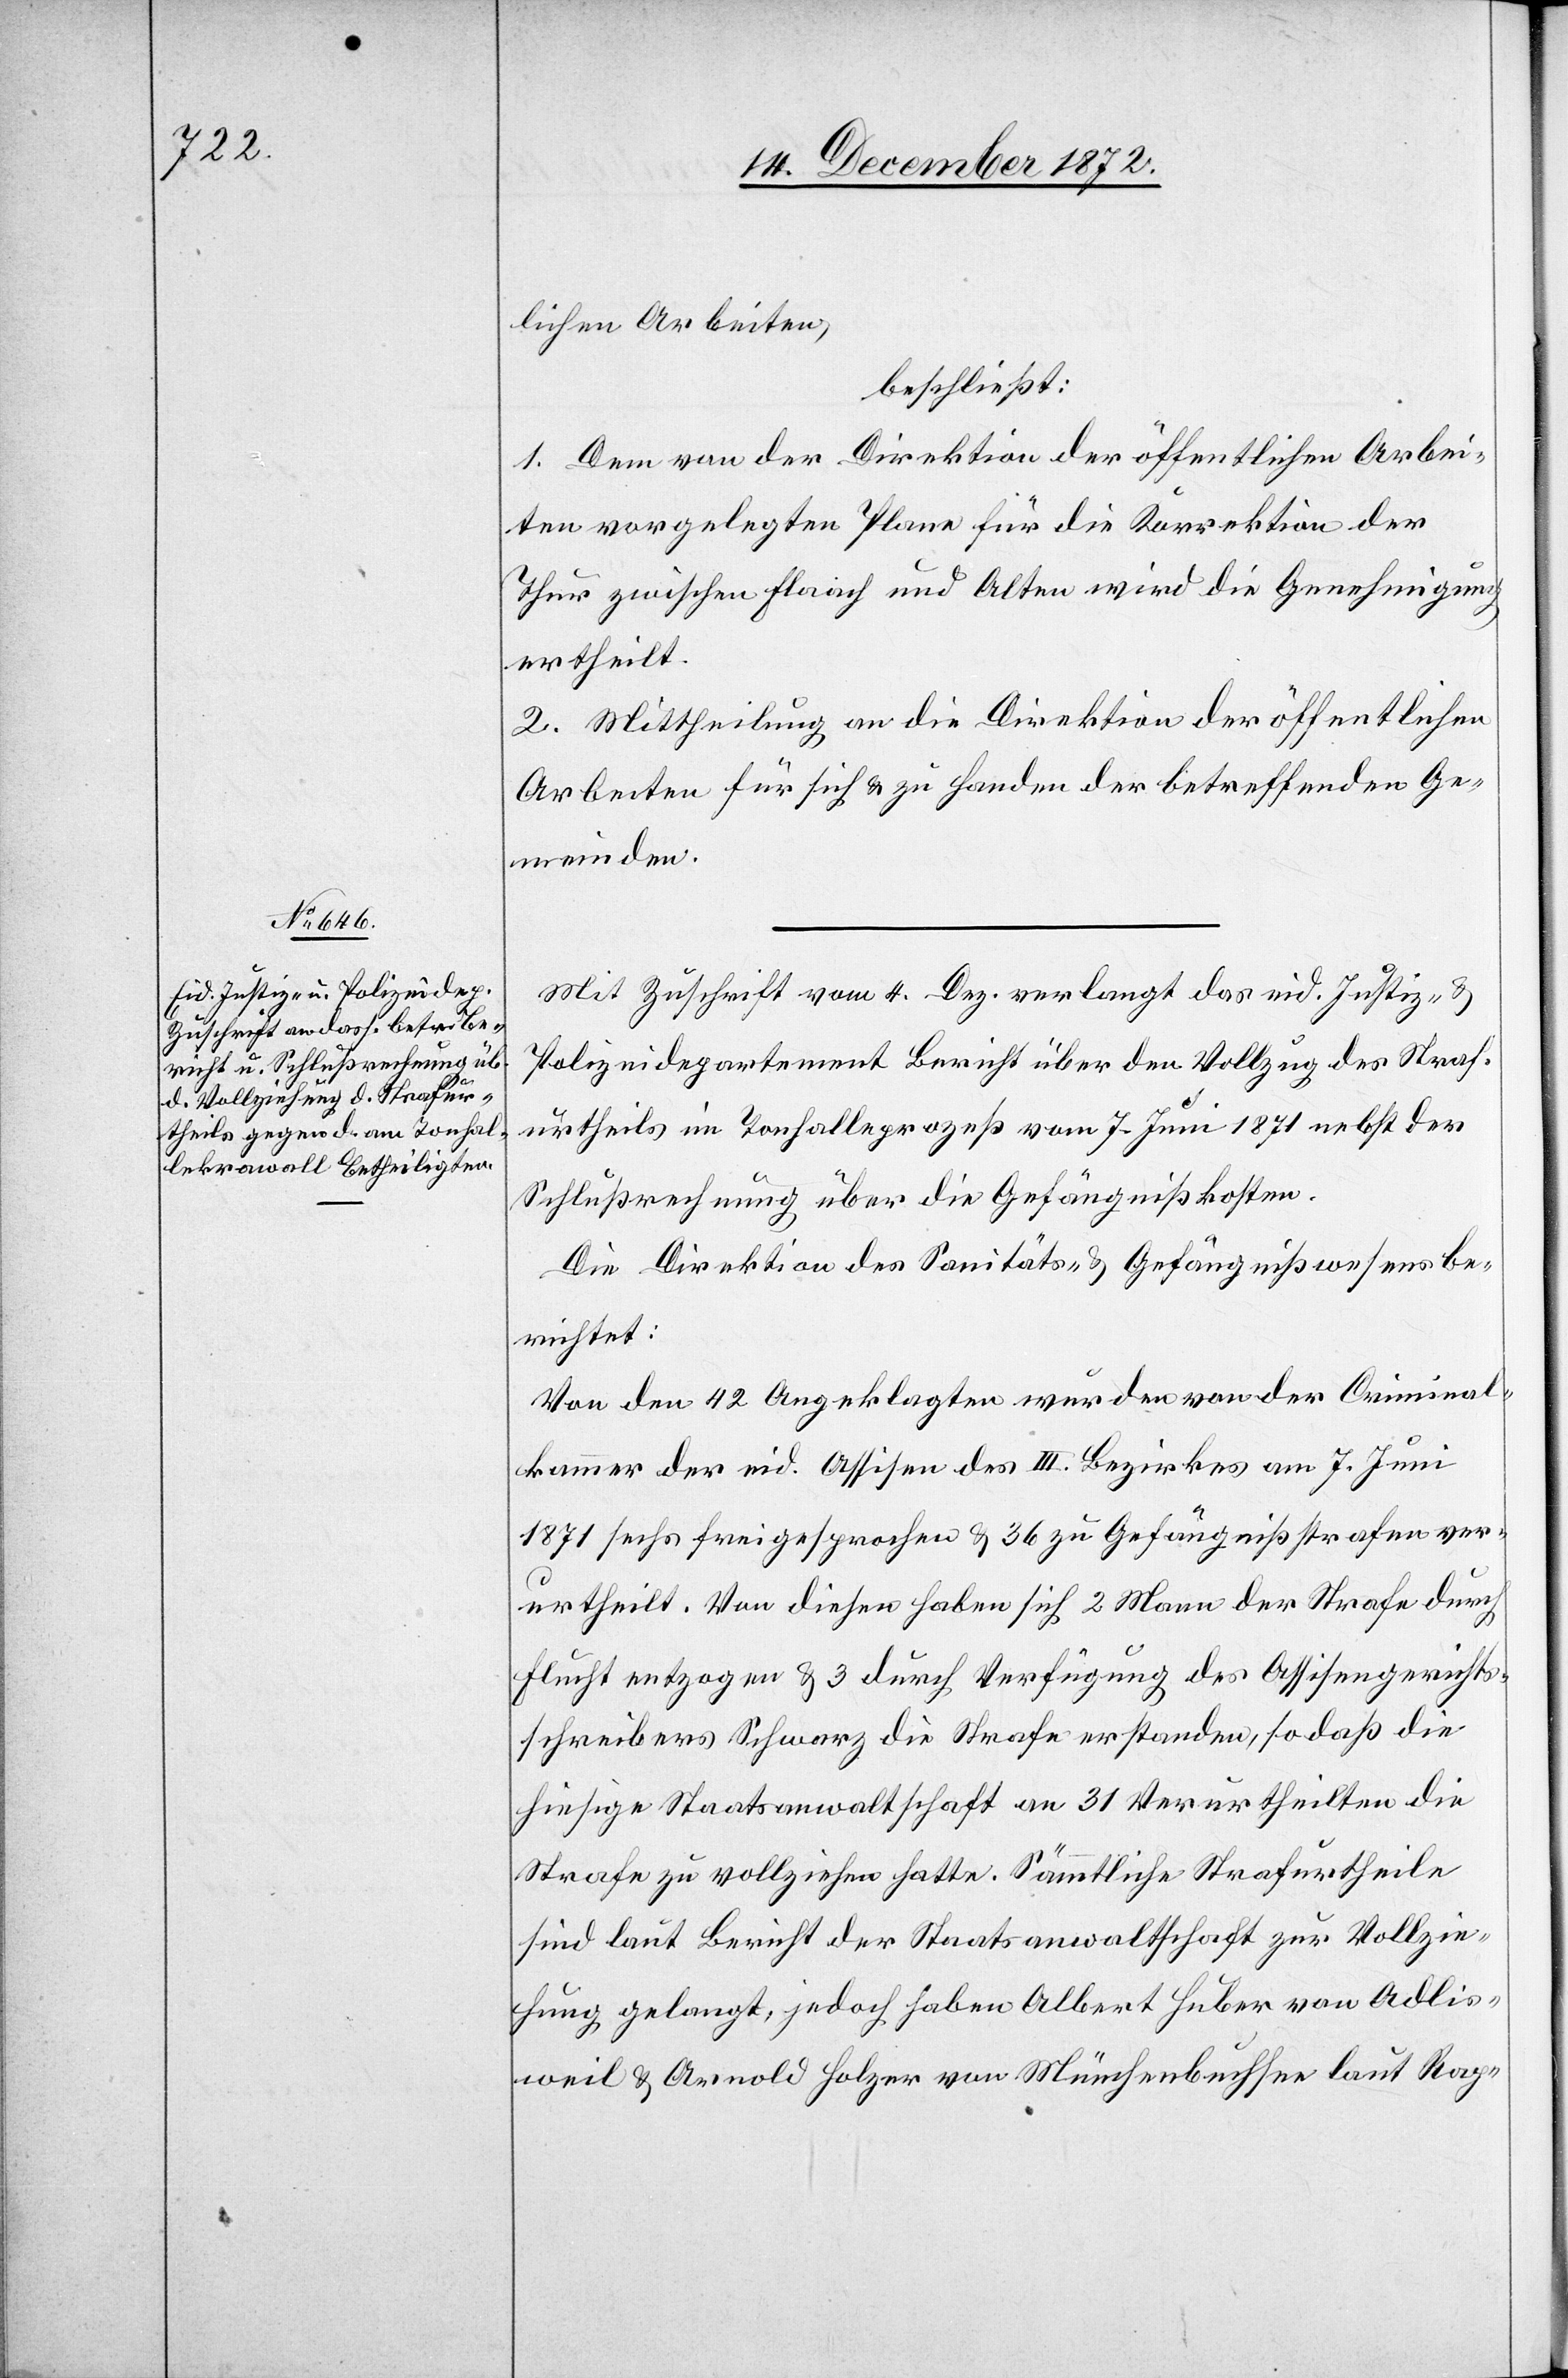
lichen Arbeiten,
beschließt:
1. Dem von der Direktion der öffentlichen Arbei¬
ten vorgelegten Plane für die Korrektion der
Thur zwischen Flaach und Alten wird die Genehmigung
ertheilt.
2. Mittheilung an die Direktion der öffentlichen
Arbeiten für sich u. zu Handen der betreffenden Ge¬
meinden.
Mit Zuschrift vom 4. Dez. verlangt das eid. Justiz- u.
Polizeidepartement Bericht über den Vollzug des Straf¬
urtheils im Tonhalleprozeß vom 7. Juni 1871 nebst der
Schlußrechnung über die Gefängnißkosten.
Die Direktion des Sanitäts- u. Gefängnißwesens be¬
richtet:
Von den 42 Angeklagten wurden von der Criminal¬
kammer der eid. Assisen des III. Bezirkes am 7. Juni
1871 sechs freigesprochen u. 36 zu Gefängnißstrafen ver¬
urtheilt. Von diesen haben sich 2 Mann der Strafe durch
Flucht entzogen u. 3 durch Verfügung des Assisengerichts¬
schreibers Schwarz die Strafe erstanden, so daß die
hiesige Staatsanwaltschaft an 31 Verurtheilten die
Strafe zu vollziehen hatte. Sämmtliche Strafurtheile
sind laut Bericht der Staatsanwaltschaft zur Vollzie¬
hung gelangt, jedoch haben Albert Huber von Adlis¬
weil u. Arnold Holzer von Münchenbuchsee laut Rap-